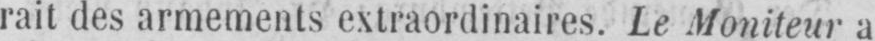
rait des armements extraordinaires. Le Moniteur a